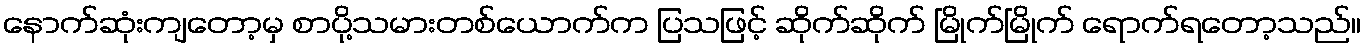
နောက်ဆုံးကျတော့မှ စာပို့သမားတစ်ယောက်က ပြသဖြင့် ဆိုက်ဆိုက် မြိုက်မြိုက် ရောက်ရတော့သည်။